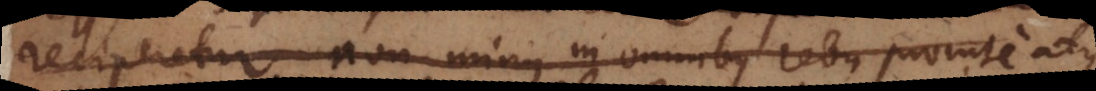
reciperetur non minus in omnibus rebus promte atque